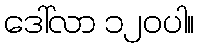
ဒေါ်လာ ၁၂၀ပါ။